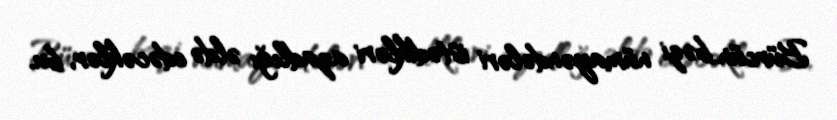
Bürcün bəzi nümayəndələri istədikləri azadlığı əldə edəcəklər, bu,